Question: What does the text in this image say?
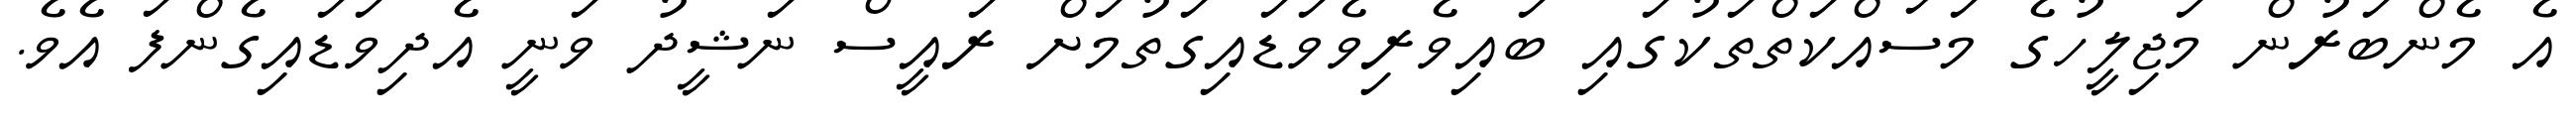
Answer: އެ މެންބަރުން މަޖިލީހުގެ މަސައްކަތްތަކުގައި ބައިވެރިވެވަޑައިގަތުމަށް ރައީސް ނަޝީދު ވަނީ އެދިވަޑައިގެންފަ އެވެ.